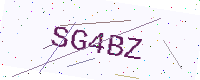
Text: SG4BZ